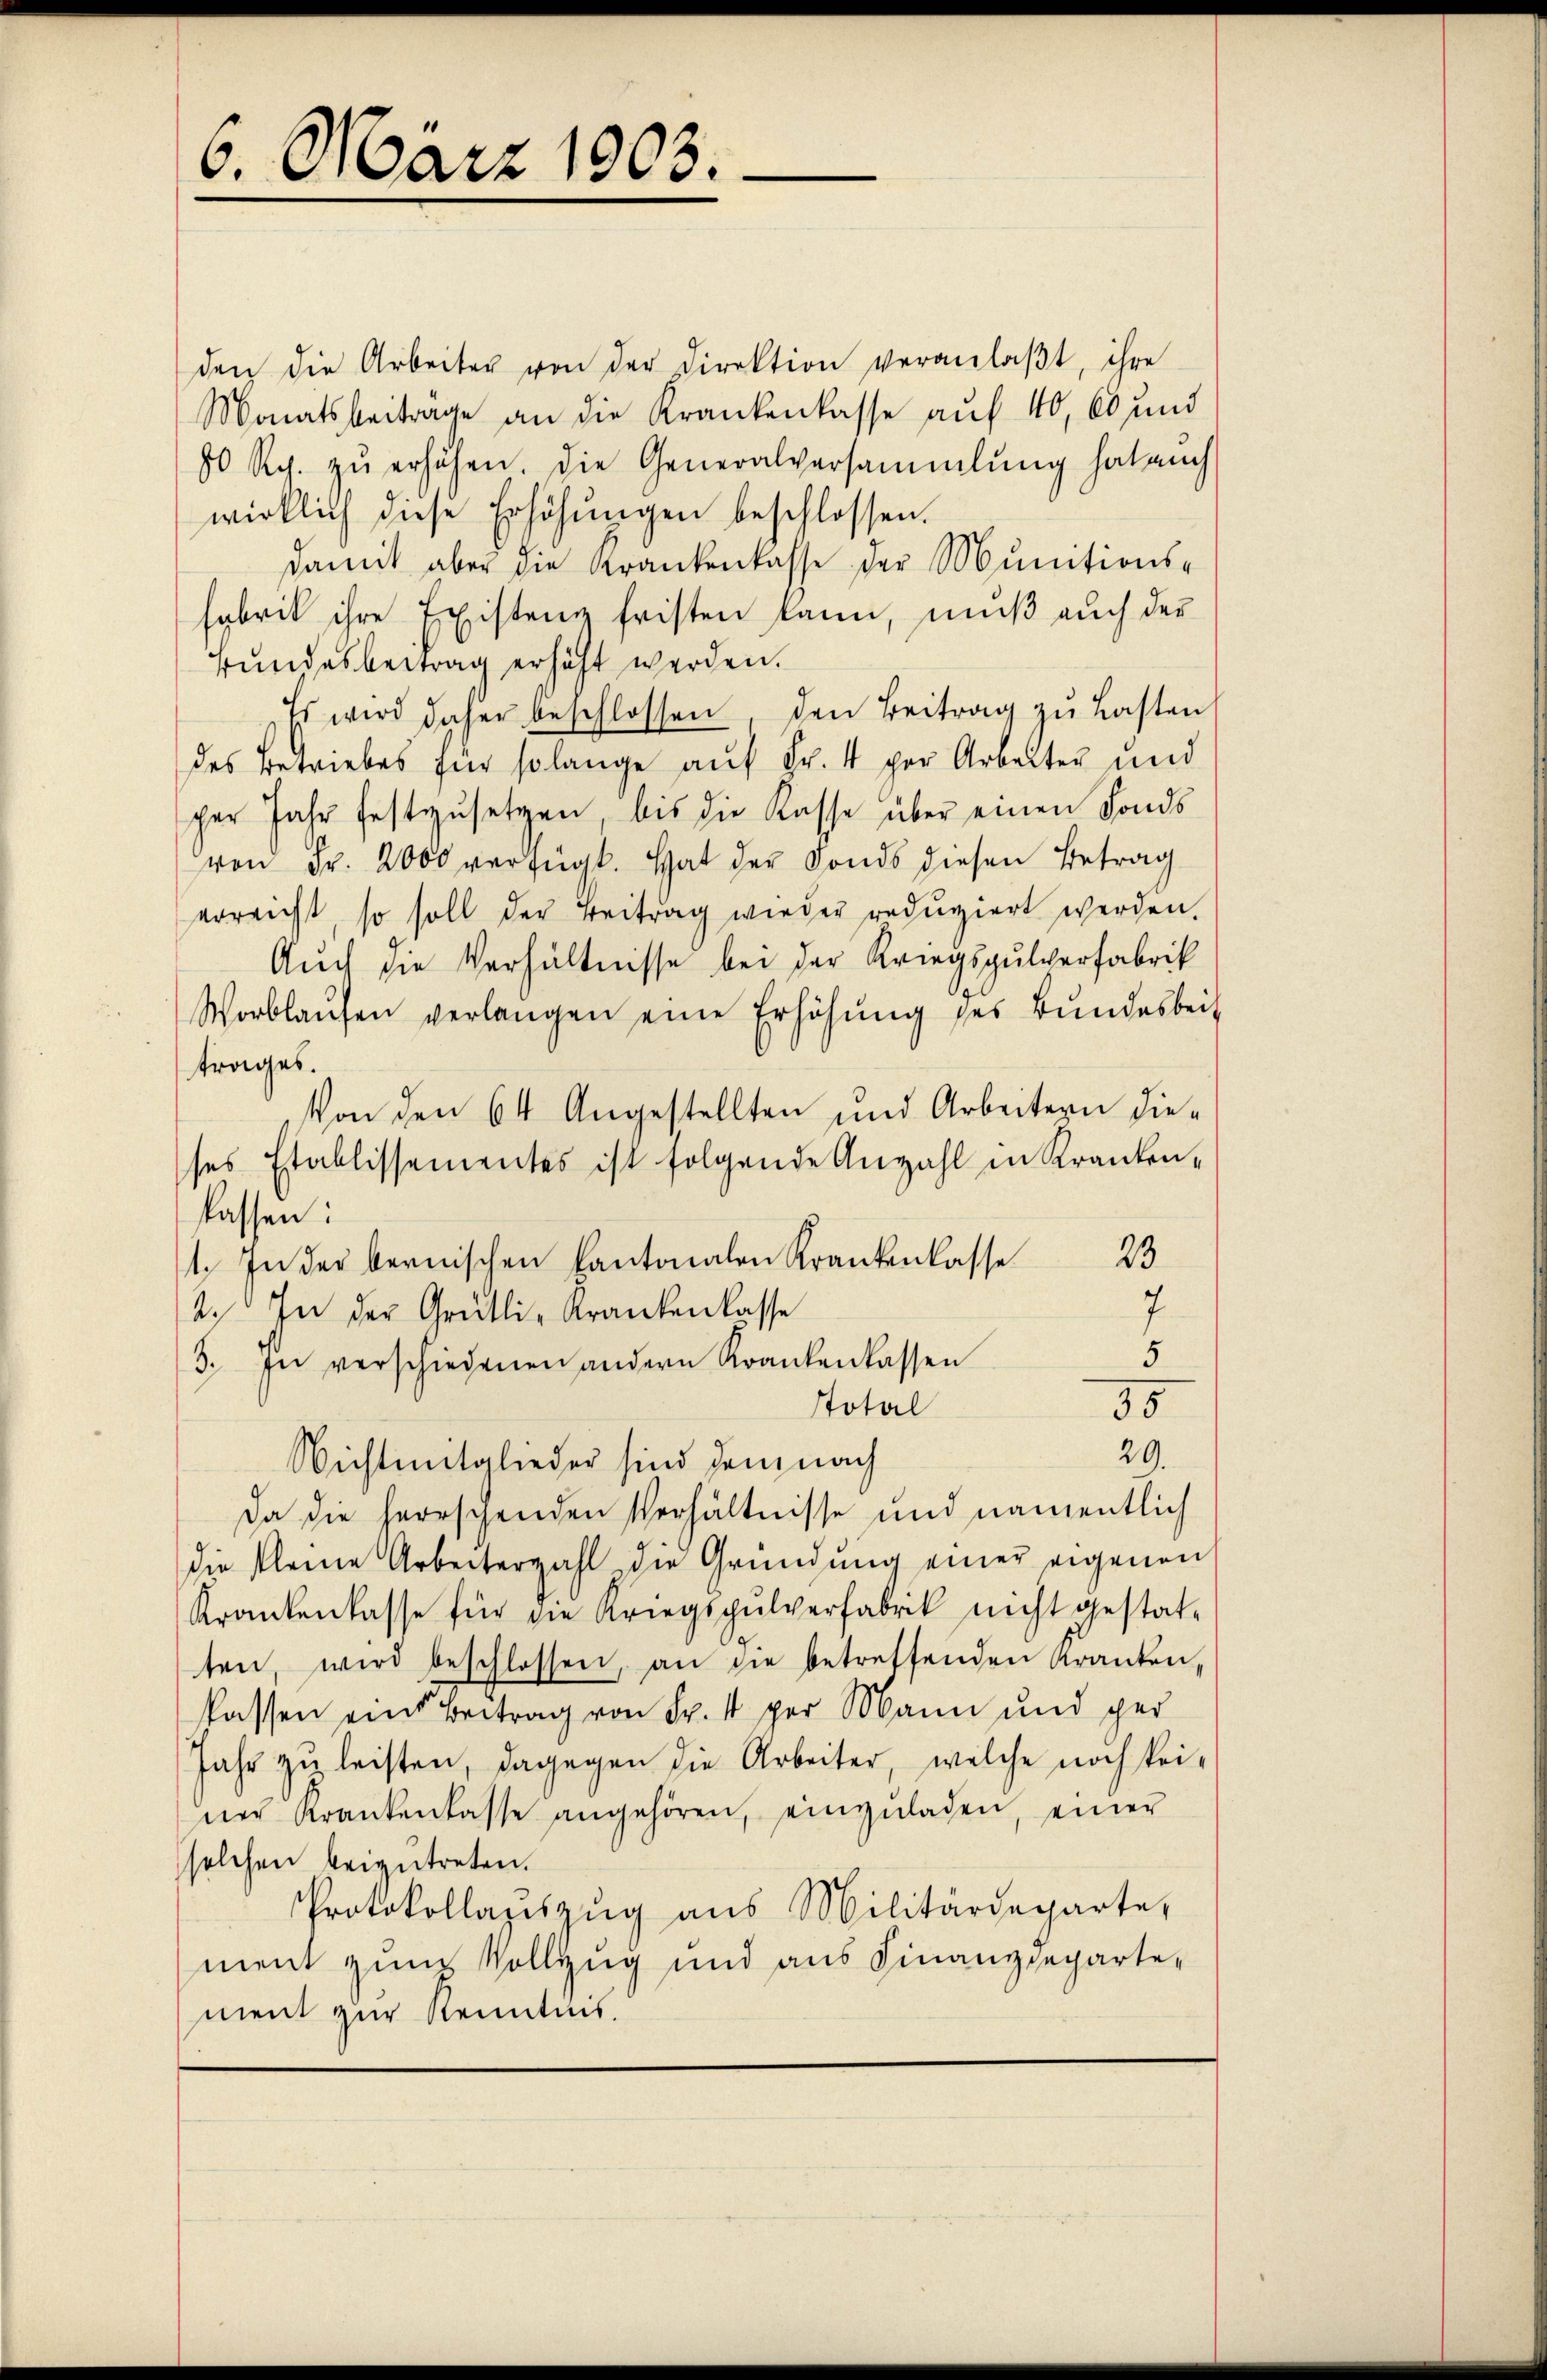
6. März 1903.

den die Arbeiter von der Direktion veranlaβt, ihre
Monatsbeitrage an die Krankenkasse auf 40, 60 und
80 Rp. zŭ erhöhen. Die Generalversammlung hat auch
wirklich diese Erhöhŭngen beschlossen.
damit aber die Krankenkasse der Munitions-
fabrik ihre Existenz fristen kann, muß auch der
Bŭndesbeitrag erhöht werden.
Es wird daher beschlossen den Beitrag zu Lasten
des Betriebes für solange auf Fr. 4 per Arbeiter und
per Jahr festzusetzen bis die Kasse über einen Fonds
von Fr. 2000 verfügt. Hat der Fonds diesen Betrag
erreicht so soll der Beitrag wieder redŭziert werden.
Auch die Verhältnisse bei der Kriegsgutverfabrik
Worblaŭfen verlangen eine Erhöhung des Bundesbeit
trages.
Von den 64 Angestellten und Arbeitern dieses Etablissementes ist folgende Anzahl in Kranken-
lassen:
1. In der bernischen Kantonalen Krankenkasse 23
7.
2. In der Grütli-Krankenlasse
5
3. In verschiedenen andern Krankenkassen
55
Stotal
29.
Nichtmitglieder sind dem nach
Da die herrschenden Verhältnisse und namentlich
die kleine Arbeiterzahl die Gründung einer eigenen
Krankenkasse für die Kriegspŭlverfabrik nicht gestat-
ten, wird beschlossen, an die betreffenden Kranken
kassen eine Beitrag von Fr. 1 per Mann und ger
Jahr zu leisten, dagegen die Arbeiter, welche noch keiner Krankenkasse angehören, einzŭladen, einer
solchen beizutreten.
Protokollaŭszŭg aŭs Militärdeparte,
ment zum Vollzug und aus Finanzdepartement zur Kenntnis.